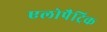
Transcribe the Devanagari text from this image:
एलोपैट्रिक